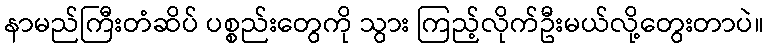
နာမည်ကြီးတံဆိပ် ပစ္စည်းတွေကို သွား ကြည့်လိုက်ဦးမယ်လို့တွေးတာပဲ။